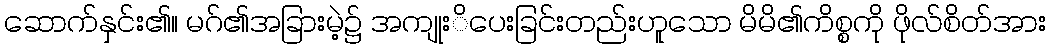
ဆောက်နှင်း၏။ မဂ်၏အခြားမဲ့၌ အကျုးိပေးခြင်းတည်းဟူသော မိမိ၏ကိစ္စကို ဖိုလ်စိတ်အား